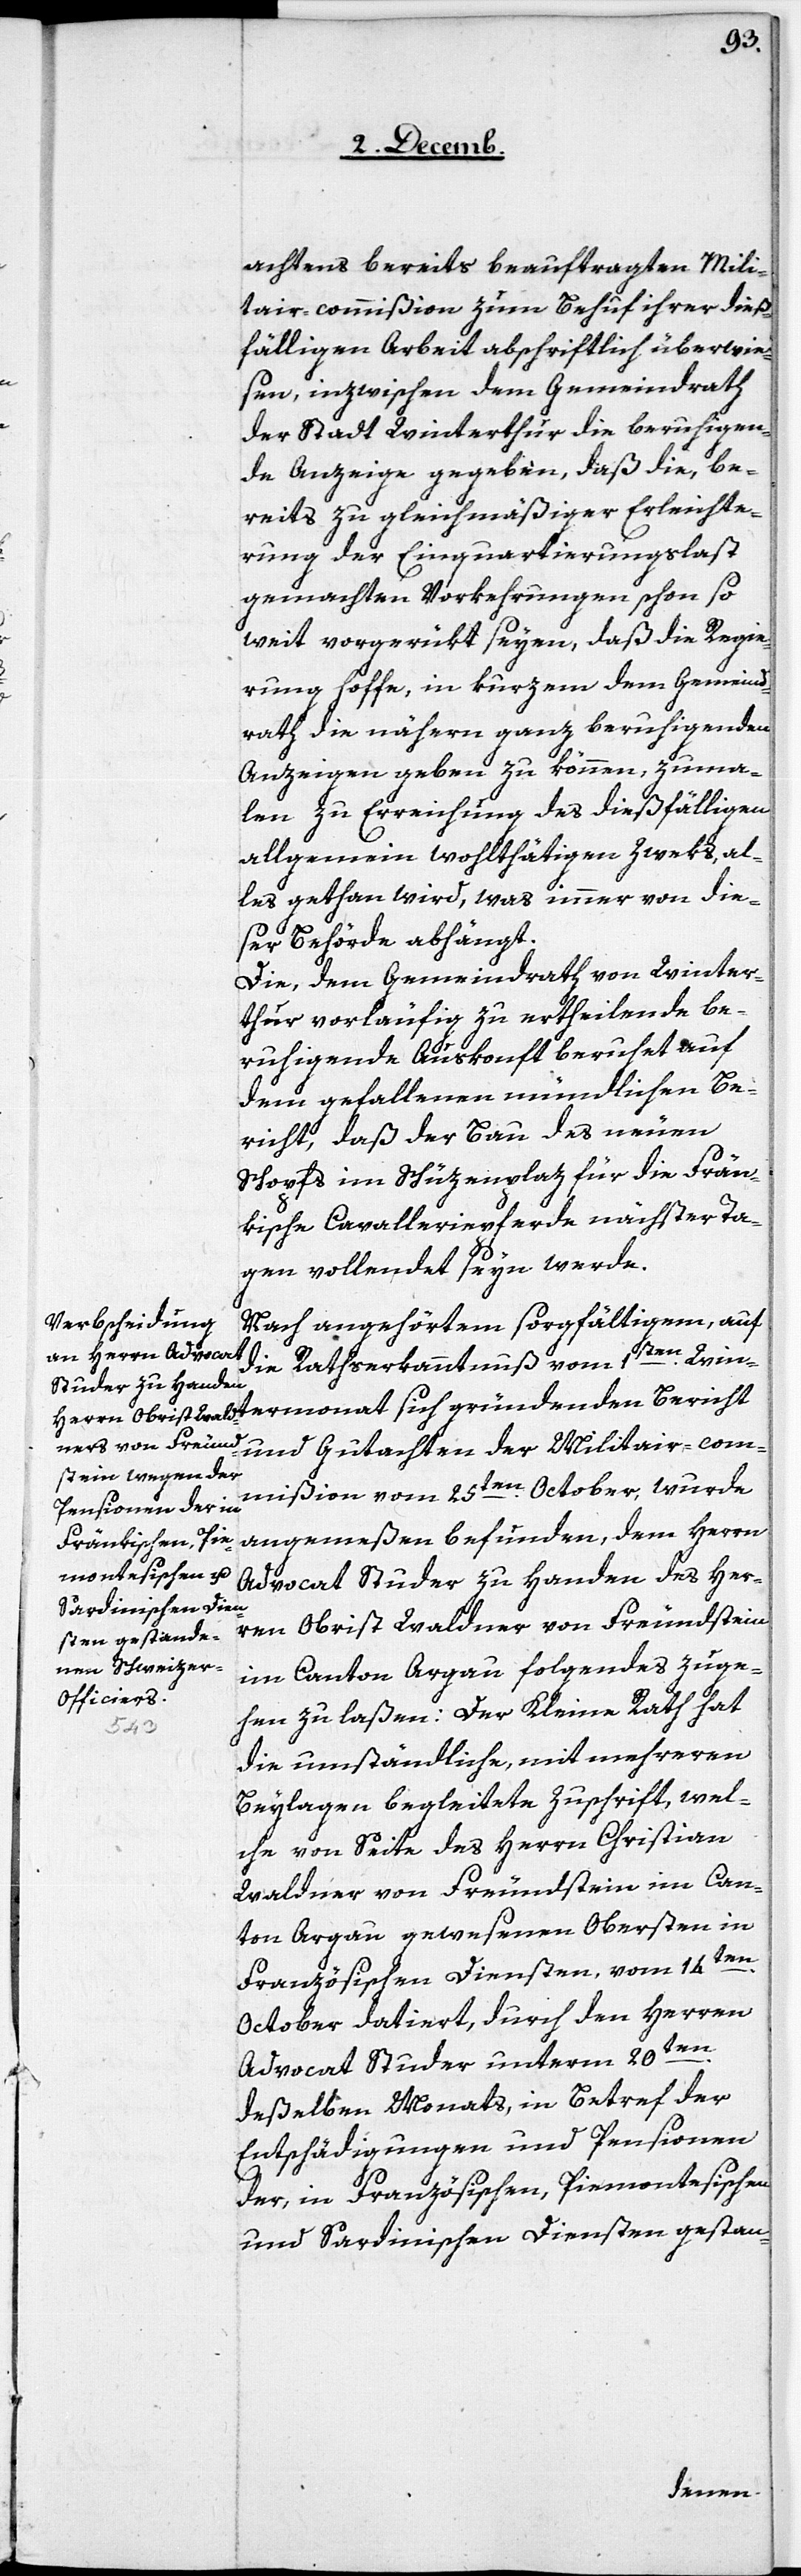
achtens bereits beauftragten Mili¬
tair-commißion zum Behuf ihrer dieß¬
fälligen Arbeit abschriftlich überwie¬
sen, inzwischen dem Gemeindrath
der Stadt Winterthur die beruhigen¬
de Anzeige gegeben, daß die, be¬
reits zu gleichmäßiger Erleichte¬
rung der Einquartierungslast
gemachten Vorkehrungen schon so
weit vorgerükt seyen, daß die Regie¬
rung hoffe, in kurzem dem Gemeind¬
rath die nähern ganz beruhigenden
Anzeigen geben zu können, zuma¬
len zu Erreichung des dießfälligen
allgemein wohlthätigen Zweks, al¬
les gethan wird, was immer von die¬
ser Behörde abhängt.
Die, dem Gemeindrath von Winter¬
thur vorläufig zu ertheilende be¬
ruhigende Auskonft beruhet auf
dem gehaltenen mündlichen Be¬
richt, daß der Bau des neuen
Schopfs im Schüzenplatz für die Frän¬
kische Cavalleriepferde nächster Ta¬
gen vollendet seyn werde.
Nach angehörtem sorgfältigem, auf
die Rathserkanntnuß vom 1sten. Win¬
und Gutachten der Militair-com¬
mißion vom 25ten. October, wurde
angemeßen befunden, dem Herrn
Advocat Studer zu Handen des Her¬
ren Obrist Waldner von Freundstein
im Canton Argau folgendes zuge¬
hen zu laßen: Der Kleine Rath hat
termonat
die umständliche, mit mehreren
Beylagen begleitete Zuschrift, wel¬
che von Seite des Herrn Christian
Waldner von Freundstein im Can¬
ton Argau gewesenen Obersten in
Französischen Diensten, vom 14ten.
October datiert, durch den Herren
Advocat Studer unterm 20ten.
deßelben Monats, in Betref der
Entschädigungen und Pensionen
der, in Französischen, Piemontesischen
und Sardinischen Diensten gestan-